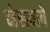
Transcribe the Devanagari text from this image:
नेसवावे